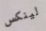
لينكس